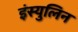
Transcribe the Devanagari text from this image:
इंस्युलिन